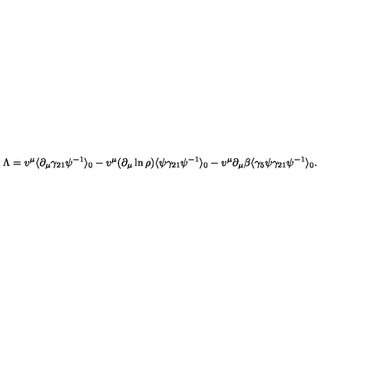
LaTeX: \Lambda = v ^ { \mu } \langle \partial _ { \mu } \gamma _ { 2 1 } \psi ^ { - 1 } \rangle _ { 0 } - v ^ { \mu } ( \partial _ { \mu } \ln { \rho } ) \langle \psi \gamma _ { 2 1 } \psi ^ { - 1 } \rangle _ { 0 } - v ^ { \mu } \partial _ { \mu } \beta \langle \gamma _ { 5 } \psi \gamma _ { 2 1 } \psi ^ { - 1 } \rangle _ { 0 } .